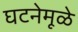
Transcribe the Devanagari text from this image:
घटनेमूळे